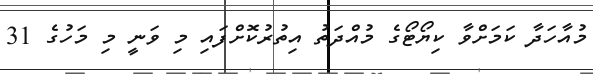
މުއާހަދާ ކަމަށްވާ ކިޔޯޓޯގެ މުއްދަތު އިތުރުކޮށްފައި މި ވަނީ މި މަހުގެ 31